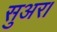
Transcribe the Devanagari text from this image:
सुअर।